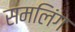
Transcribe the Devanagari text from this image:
समलिंग